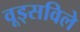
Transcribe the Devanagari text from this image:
वूड्सविले